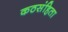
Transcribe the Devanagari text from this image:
कठसंहिता